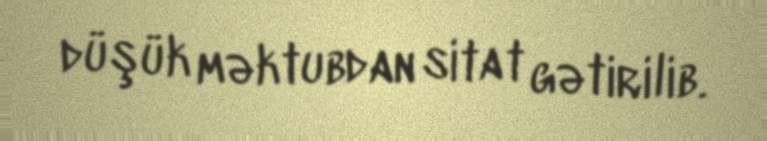
düşük məktubdan sitat gətirilib.